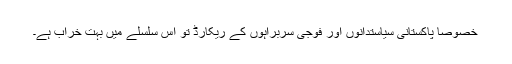
خصوصا پاکستانی سیاستدانوں اور فوجی سربراہوں کے ریکارڈ تو اس سلسلے میں بہت خراب ہے۔